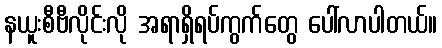
နယူးစီဗီလိုင်းလို အရာရှိရပ်ကွက်တွေ ပေါ်လာပါတယ်။